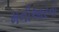
મનીઆરનો